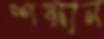
শয়ান